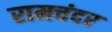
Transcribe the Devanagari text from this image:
रामचंदर